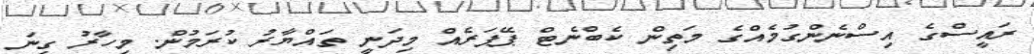
ރައީސްގެ އިސްނެންގުމެއްގެ މަތިން ކެބްނެޓް ޕޭޕަރެއް މިދަނީ ތައްޔާރު ކުރަމުން. މިހާރު ގިނަ